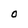
Character: O